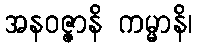
အနဝဇ္ဇာနိ ကမ္မာနိ၊